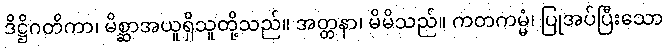
ဒိဋ္ဌိဂတိကာ၊ မိစ္ဆာအယူရှိသူတို့သည်။ အတ္တနာ၊ မိမိသည်။ ကတကမ္မံ၊ ပြုအပ်ပြီးသော